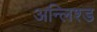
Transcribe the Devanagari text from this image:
अन्लिश्ड